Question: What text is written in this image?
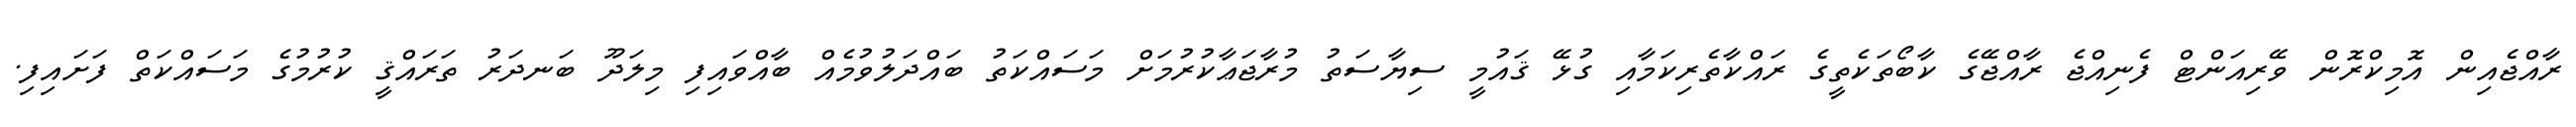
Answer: ރާއްޖެއިން އޮމިކްރޮން ވޭރިއަންޓް ފެނިއްޖެ ރާއްޖޭގެ ކާބޯތަކެތީގެ ރައްކާތެރިކަމާއި ގުޅޭ ޤައުމީ ސިޔާސަތު މުރާޖަޢާކުރުމަށް މަސައްކަތު ބައްދަލުވުމެއް ބާއްވައިފި މިލަދޫ ބަނދަރު ތަރައްޤީ ކުރުމުގެ މަސައްކަތް ފަށައިފި.